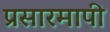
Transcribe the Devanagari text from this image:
प्रसारमापी